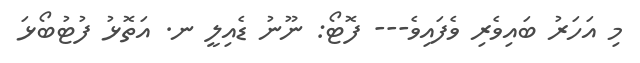
މި އަހަރު ބައިވެރި ވެފައިވެ--- ފޮޓޯ: ނޫނު ޑެއިލީ ނ. އަތޮޅު ފުޓުބޯޅަ